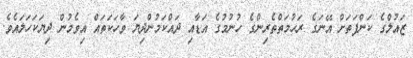
ޒައުލްގެ ކަންފަތަށް އޭނަގެ ރަޙުމަތްތެރިންގެ ހުނުމުގެ އަޑާއި ދައްކަމުންދިޔަ ވާހަކަތައް އިވެމުން ދިޔަކަހަލައެވެ.